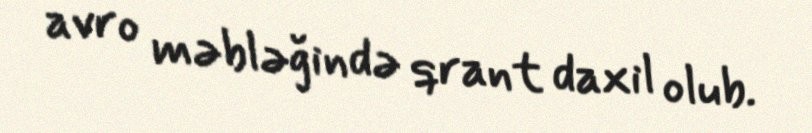
avro məbləğində qrant daxil olub.